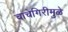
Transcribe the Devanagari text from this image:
चाचेगिरीमुळे